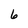
Character: 6